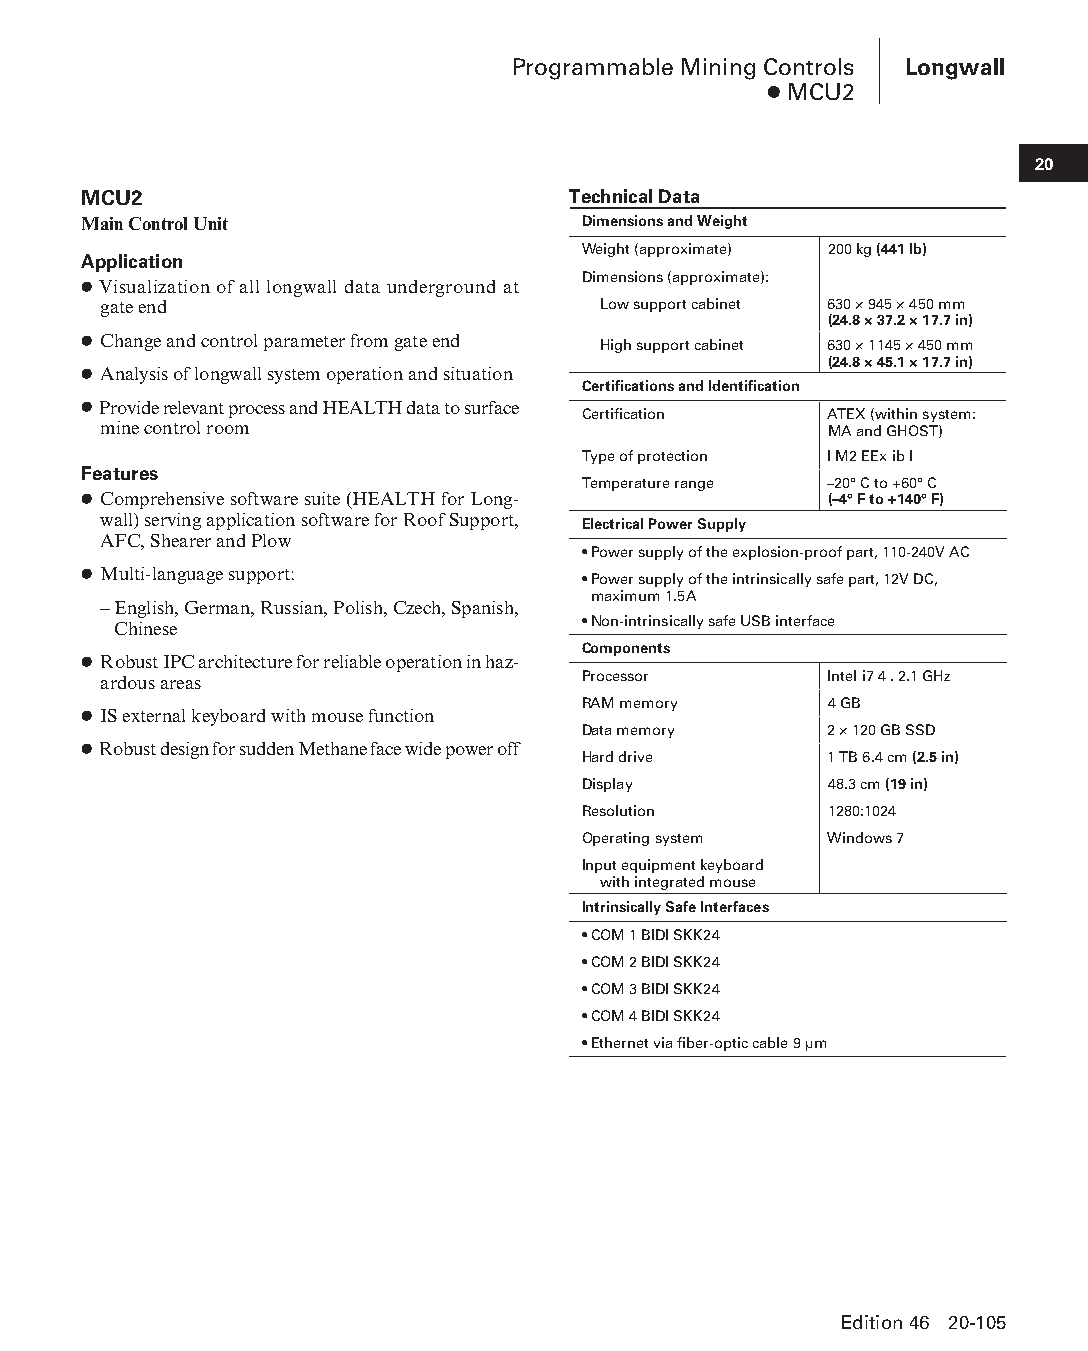
Programmable Mining Controls Longwall
 ● MCU2
 20
 MCU2                            Technical Data
 Main Control Unit                Dimensions and Weight
 Weight (approximate) 200 kg (441 lb)
 Application
 Dimensions (approximate):
 ● Visualization of all longwall data underground at
 gate end                         Low support cabinet 630 × 945 × 450 mm
 (24.8 × 37.2 × 17.7 in)
 ● Change and control parameter from gate end High support cabinet 630 × 1145 × 450 mm
 (24.8 × 45.1 × 17.7 in)
 ● Analysis of longwall system operation and situation
 Certifications and Identification
 ● Provide relevant process and HEALTH data to surface
 Certification   ATEX (within system:
 mine control room                               MA and GHOST)
 Type of protection I M2 EEx ib I
 Features
 Temperature range –20° C to +60° C
 ● Comprehensive software suite (HEALTH for Long- (–4° F to +140° F)
 wall) serving application software for Roof Support, Electrical Power Supply
 AFC, Shearer and Plow
 • Power supply of the explosion-proof part, 110-240V AC
 ● Multi-language support:        • Power supply of the intrinsically safe part, 12V DC,
 maximum 1.5A
 – English, German, Russian, Polish, Czech, Spanish,
 • Non-intrinsically safe USB interface
 Chinese
 Components
 ● Robust IPC architecture for reliable operation in haz-
 ardous areas                    Processor       Intel i7 4 . 2.1 GHz
 RAM memory      4 GB
 ● IS external keyboard with mouse function
 Data memory     2 × 120 GB SSD
 ● Robust design for sudden Methane face wide power off
 Hard drive      1 TB 6.4 cm (2.5 in)
 Display         48.3 cm (19 in)
 Resolution      1280:1024
 Operating system Windows 7
 Input equipment keyboard
 with integrated mouse
 Intrinsically Safe Interfaces
 • COM 1 BIDI SKK24
 • COM 2 BIDI SKK24
 • COM 3 BIDI SKK24
 • COM 4 BIDI SKK24
 • Ethernet via fiber-optic cable 9 μm
 Edition 46 20-105
 PPHHBB--SSeecc2200--LLoonnggwwaallll((ppgg002255--112200))..iinndddd 110055 1122//44//1155 1111::0022 AAMM